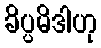
ခိပ္ပမိဒါဟု